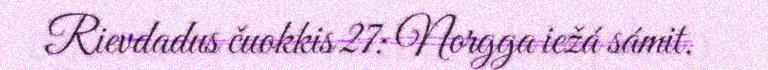
Rievdadus čuokkis 27: Norgga iežá sámit.